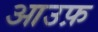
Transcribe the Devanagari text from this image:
आउफ़